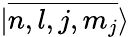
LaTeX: {|\overline{{n,l,j,m_{j}}}\rangle}